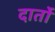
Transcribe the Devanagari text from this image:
दार्तो